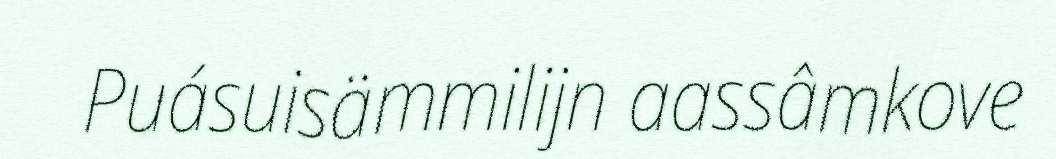
Puásuisämmilijn aassâmkove